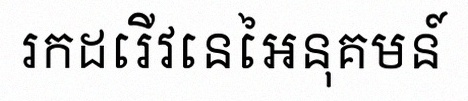
រកដេរីវេនៃអនុគមន៍